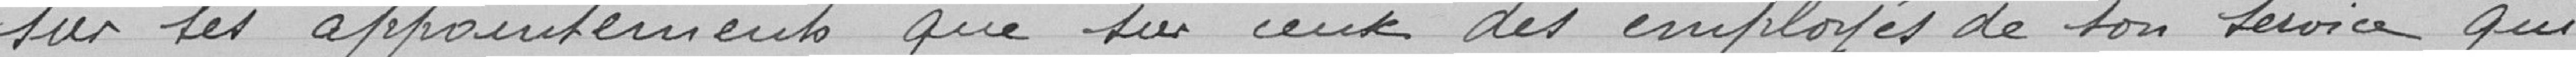
sur ses appointements que sur ceux des employés de son service qui